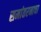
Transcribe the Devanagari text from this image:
समांतरनाचा